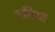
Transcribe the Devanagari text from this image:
पत्तियॉ